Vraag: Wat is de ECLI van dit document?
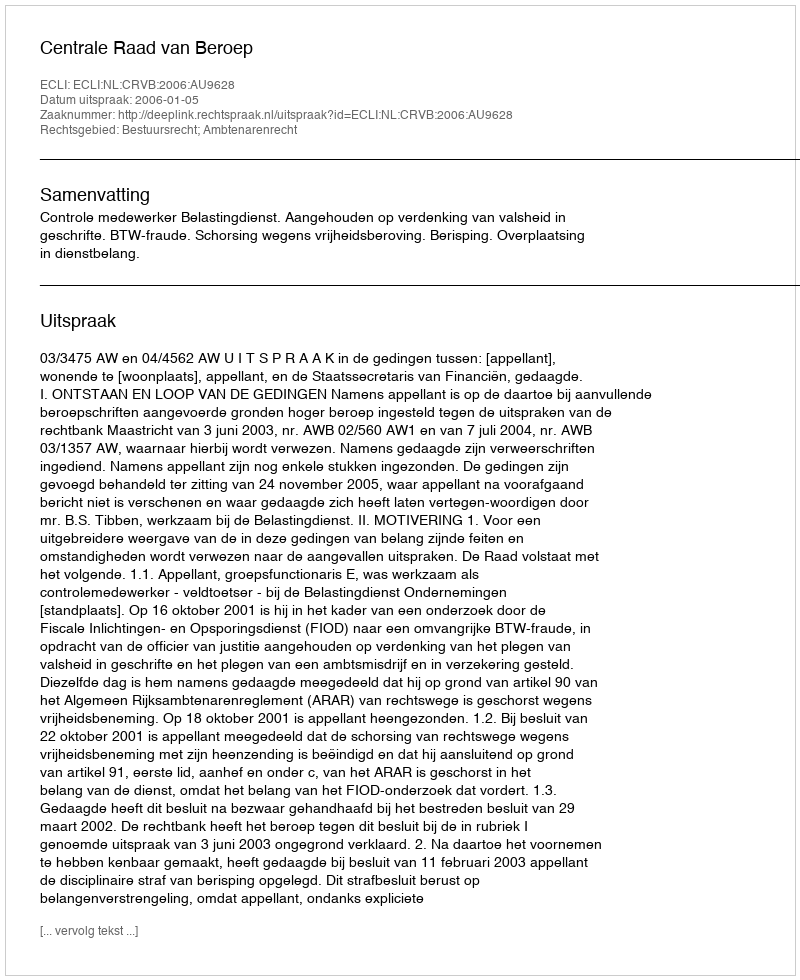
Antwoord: ECLI:NL:CRVB:2006:AU9628